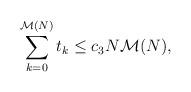
LaTeX: \begin{align*} \sum_{k=0}^{\mathcal{M}(N)}t_k\leq c_3 N\mathcal{M}(N),\end{align*}